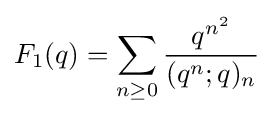
\displaystyle F_{1}(q)=\sum _{n\geq 0}{\frac {q^{n^{2}}}{(q^{n};q)_{n}}}